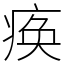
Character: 痪